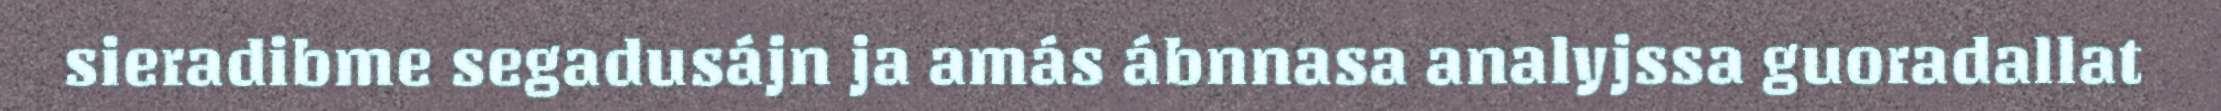
sieradibme segadusájn ja amás ábnnasa analyjssa guoradallat